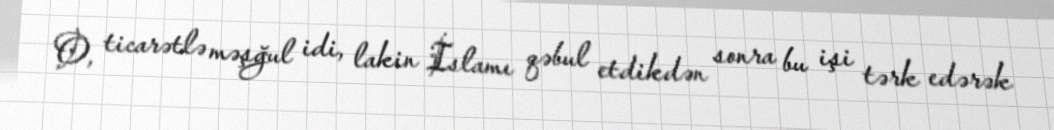
O, ticarətlə məşğul idi, lakin İslamı qəbul etdikdən sonra bu işi tərk edərək